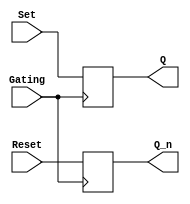
module Gated_SR_FlipFlop (
    input Set,
    input Reset,
    input Gating,
    output reg Q,
    output reg Q_n
);

always @ (posedge Gating) begin
    if (Gating) begin
        Q <= Set;
        Q_n <= Reset;
    end
end

endmodule